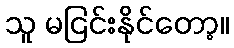
သူ မငြင်းနိုင်တော့။